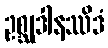
ဥစ္ဆုဒါနဿိဒံ